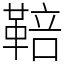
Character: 鞛